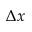
\Delta x